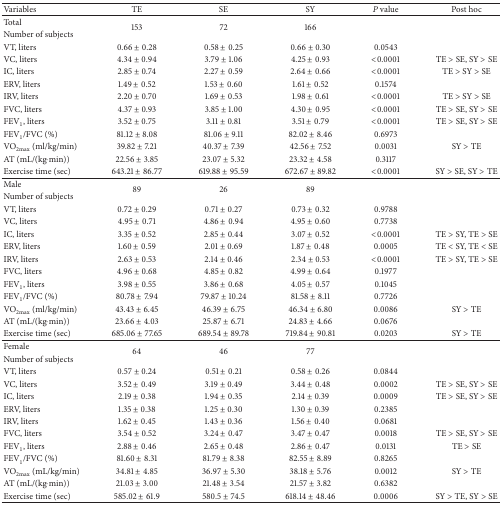
<table><thead><tr><td><b>Variables</b></td><td><b>TE</b></td><td><b>SE</b></td><td><b>SY</b></td><td><b><i>P</i> value</b></td><td><b>Post hoc</b></td></tr></thead><tbody><tr><td>Total</td><td rowspan="2">153</td><td rowspan="2">72</td><td rowspan="2">166</td><td rowspan="2"> </td><td rowspan="2"> </td></tr><tr><td>Number of subjects</td></tr><tr><td>VT, liters</td><td>0.66 ± 0.28</td><td>0.58 ± 0.25</td><td>0.66 ± 0.30</td><td>0.0543</td><td> </td></tr><tr><td>VC, liters</td><td>4.34 ± 0.94</td><td>3.79 ± 1.06</td><td>4.25 ± 0.93</td><td>&lt;0.0001</td><td>TE &gt; SE, SY &gt; SE</td></tr><tr><td>IC, liters</td><td>2.85 ± 0.74</td><td>2.27 ± 0.59</td><td>2.64 ± 0.66</td><td>&lt;0.0001</td><td>TE &gt; SY &gt; SE</td></tr><tr><td>ERV, liters</td><td>1.49 ± 0.52</td><td>1.53 ± 0.60</td><td>1.61 ± 0.52</td><td>0.1574</td><td> </td></tr><tr><td>IRV, liters</td><td>2.20 ± 0.70</td><td>1.69 ± 0.53</td><td>1.98 ± 0.61</td><td>&lt;0.0001</td><td>TE &gt; SY &gt; SE</td></tr><tr><td>FVC, liters</td><td>4.37 ± 0.93</td><td>3.85 ± 1.00</td><td>4.30 ± 0.95</td><td>&lt;0.0001</td><td>TE &gt; SE, SY &gt; SE</td></tr><tr><td>FEV<sub>1</sub>, liters</td><td>3.52 ± 0.75</td><td>3.11 ± 0.81</td><td>3.51 ± 0.79</td><td>&lt;0.0001</td><td>TE &gt; SE, SY &gt; SE</td></tr><tr><td>FEV<sub>1</sub>/FVC (%)</td><td>81.12 ± 8.08</td><td>81.06 ± 9.11</td><td>82.02 ± 8.46</td><td>0.6973</td><td> </td></tr><tr><td>VO<sub>2max</sub> (ml/kg/min)</td><td>39.82 ± 7.21</td><td>40.37 ± 7.39</td><td>42.56 ± 7.52</td><td>0.0031</td><td>SY &gt; TE</td></tr><tr><td>AT (mL/(kg·min))</td><td>22.56 ± 3.85</td><td>23.07 ± 5.32</td><td>23.32 ± 4.58</td><td>0.3117</td><td> </td></tr><tr><td>Exercise time (sec)</td><td>643.21 ± 86.77</td><td>619.88 ± 95.59</td><td>672.67 ± 89.82</td><td>&lt;0.0001</td><td>SY &gt; SE, SY &gt; TE</td></tr><tr><td>Male</td><td rowspan="2">89</td><td rowspan="2">26</td><td rowspan="2">89</td><td rowspan="2"> </td><td rowspan="2"> </td></tr><tr><td>Number of subjects</td></tr><tr><td>VT, liters</td><td>0.72 ± 0.29</td><td>0.71 ± 0.27</td><td>0.73 ± 0.32</td><td>0.9788</td><td> </td></tr><tr><td>VC, liters</td><td>4.95 ± 0.71</td><td>4.86 ± 0.94</td><td>4.95 ± 0.60</td><td>0.7738</td><td> </td></tr><tr><td>IC, liters</td><td>3.35 ± 0.52</td><td>2.85 ± 0.44</td><td>3.07 ± 0.52</td><td>&lt;0.0001</td><td>TE &gt; SY, TE &gt; SE</td></tr><tr><td>ERV, liters</td><td>1.60 ± 0.59</td><td>2.01 ± 0.69</td><td>1.87 ± 0.48</td><td>0.0005</td><td>TE &lt; SY, TE &lt; SE</td></tr><tr><td>IRV, liters</td><td>2.63 ± 0.53</td><td>2.14 ± 0.46</td><td>2.34 ± 0.53</td><td>&lt;0.0001</td><td>TE &gt; SY, TE &gt; SE</td></tr><tr><td>FVC, liters</td><td>4.96 ± 0.68</td><td>4.85 ± 0.82</td><td>4.99 ± 0.64</td><td>0.1977</td><td> </td></tr><tr><td>FEV<sub>1</sub>, liters</td><td>3.98 ± 0.55</td><td>3.86 ± 0.68</td><td>4.05 ± 0.57</td><td>0.1045</td><td> </td></tr><tr><td>FEV<sub>1</sub>/FVC (%)</td><td>80.78 ± 7.94</td><td>79.87 ± 10.24</td><td>81.58 ± 8.11</td><td>0.7726</td><td> </td></tr><tr><td>VO<sub>2max</sub> (ml/kg/min)</td><td>43.43 ± 6.45</td><td>46.39 ± 6.75</td><td>46.34 ± 6.80</td><td>0.0086</td><td>SY &gt; TE</td></tr><tr><td>AT (mL/(kg·min))</td><td>23.66 ± 4.03</td><td>25.87 ± 6.71</td><td>24.83 ± 4.66</td><td>0.0676</td><td> </td></tr><tr><td>Exercise time (sec)</td><td>685.06 ± 77.65</td><td>689.54 ± 89.78</td><td>719.84 ± 90.81</td><td>0.0203</td><td>SY &gt; TE</td></tr><tr><td>Female</td><td rowspan="2">64</td><td rowspan="2">46</td><td rowspan="2">77</td><td rowspan="2"> </td><td rowspan="2"> </td></tr><tr><td>Number of subjects</td></tr><tr><td>VT, liters</td><td>0.57 ± 0.24</td><td>0.51 ± 0.21</td><td>0.58 ± 0.26</td><td>0.0844</td><td> </td></tr><tr><td>VC, liters</td><td>3.52 ± 0.49</td><td>3.19 ± 0.49</td><td>3.44 ± 0.48</td><td>0.0002</td><td>TE &gt; SE, SY &gt; SE</td></tr><tr><td>IC, liters</td><td>2.19 ± 0.38</td><td>1.94 ± 0.35</td><td>2.14 ± 0.39</td><td>0.0009</td><td>TE &gt; SE, SY &gt; SE</td></tr><tr><td>ERV, liters</td><td>1.35 ± 0.38</td><td>1.25 ± 0.30</td><td>1.30 ± 0.39</td><td>0.2385</td><td> </td></tr><tr><td>IRV, liters</td><td>1.62 ± 0.45</td><td>1.43 ± 0.36</td><td>1.56 ± 0.40</td><td>0.0681</td><td> </td></tr><tr><td>FVC, liters</td><td>3.54 ± 0.52</td><td>3.24 ± 0.47</td><td>3.47 ± 0.47</td><td>0.0018</td><td>TE &gt; SE, SY &gt; SE</td></tr><tr><td>FEV<sub>1</sub>, liters</td><td>2.88 ± 0.46</td><td>2.65 ± 0.48</td><td>2.86 ± 0.47</td><td>0.0131</td><td>TE &gt; SE</td></tr><tr><td>FEV<sub>1</sub>/FVC (%)</td><td>81.60 ± 8.31</td><td>81.79 ± 8.38</td><td>82.55 ± 8.89</td><td>0.8265</td><td> </td></tr><tr><td>VO<sub>2max</sub> (mL/kg/min)</td><td>34.81 ± 4.85</td><td>36.97 ± 5.30</td><td>38.18 ± 5.76</td><td>0.0012</td><td>SY &gt; TE</td></tr><tr><td>AT (mL/(kg·min))</td><td>21.03 ± 3.00</td><td>21.48 ± 3.54</td><td>21.57 ± 3.82</td><td>0.6382</td><td> </td></tr><tr><td>Exercise time (sec)</td><td>585.02 ± 61.9</td><td>580.5 ± 74.5</td><td>618.14 ± 48.46</td><td>0.0006</td><td>SY &gt; TE, SY &gt; SE</td></tr></tbody></table>